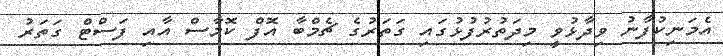
އެމަނިކުފާނު ވިދާޅުވީ މިދަތުރުފުޅުގައި ގަތަރުގެ ޗެމްބާ އޮފް ކޮމާސް އާއި ފަސްޓް ގަތަރު